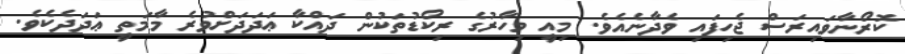
ކޮރޯނާވައިރަސް ޖެހިފައި ވެދާނެއެވެ. މިއީ މިހާރުގެ ރިކޯޑުތަކުން ދައްކާ ޢަދަދަށްވުރެ މާމަތީ ޢަދަދެކެވެ.